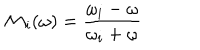
{ \cal M } _ { i } ( \omega ) = { \frac { \omega _ { i } - \omega } { \omega _ { i } + \omega } }